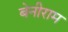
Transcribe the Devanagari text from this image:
बेनीराम